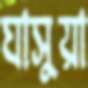
ঘাসুয়া